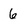
Character: 6